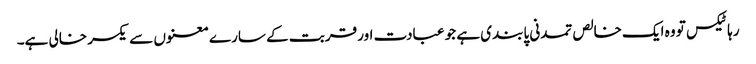
رہا ٹیکس تو وہ ایک خالص تمدنی پابندی ہے جو عبادت اور قربت کے سارے معنوں سے یکسر خالی ہے۔